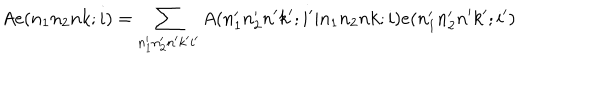
A e ( n _ { 1 } n _ { 2 } n k ; i ) = \sum _ { n _ { 1 } ^ { \prime } n _ { 2 } ^ { \prime } n ^ { \prime } k ^ { \prime } i ^ { \prime } } A ( n _ { 1 } ^ { \prime } n _ { 2 } ^ { \prime } n ^ { \prime } k ^ { \prime } ; i ^ { \prime } | n _ { 1 } n _ { 2 } n k ; i ) e ( n _ { 1 } ^ { \prime } n _ { 2 } ^ { \prime } n ^ { \prime } k ^ { \prime } ; i ^ { \prime } )